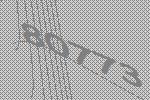
80773